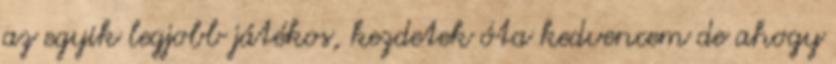
az egyik legjobb játékos, kezdetek óta kedvencem de ahogy